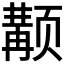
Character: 𱂴